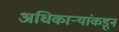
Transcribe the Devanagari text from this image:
अधिकार्‍यांकडून